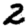
Digit: 2